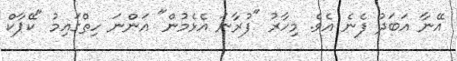
އޭނާ އަބަދު ފެނެ އެވެ. މިހާރު "ފުރާނަ އެޅެމުން" އަންނަ ހިތްގައިމު "ކޭޕާކް